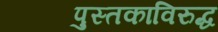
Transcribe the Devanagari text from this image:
पुस्तकाविरुद्ध